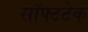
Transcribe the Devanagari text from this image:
सॉफ्टटेक